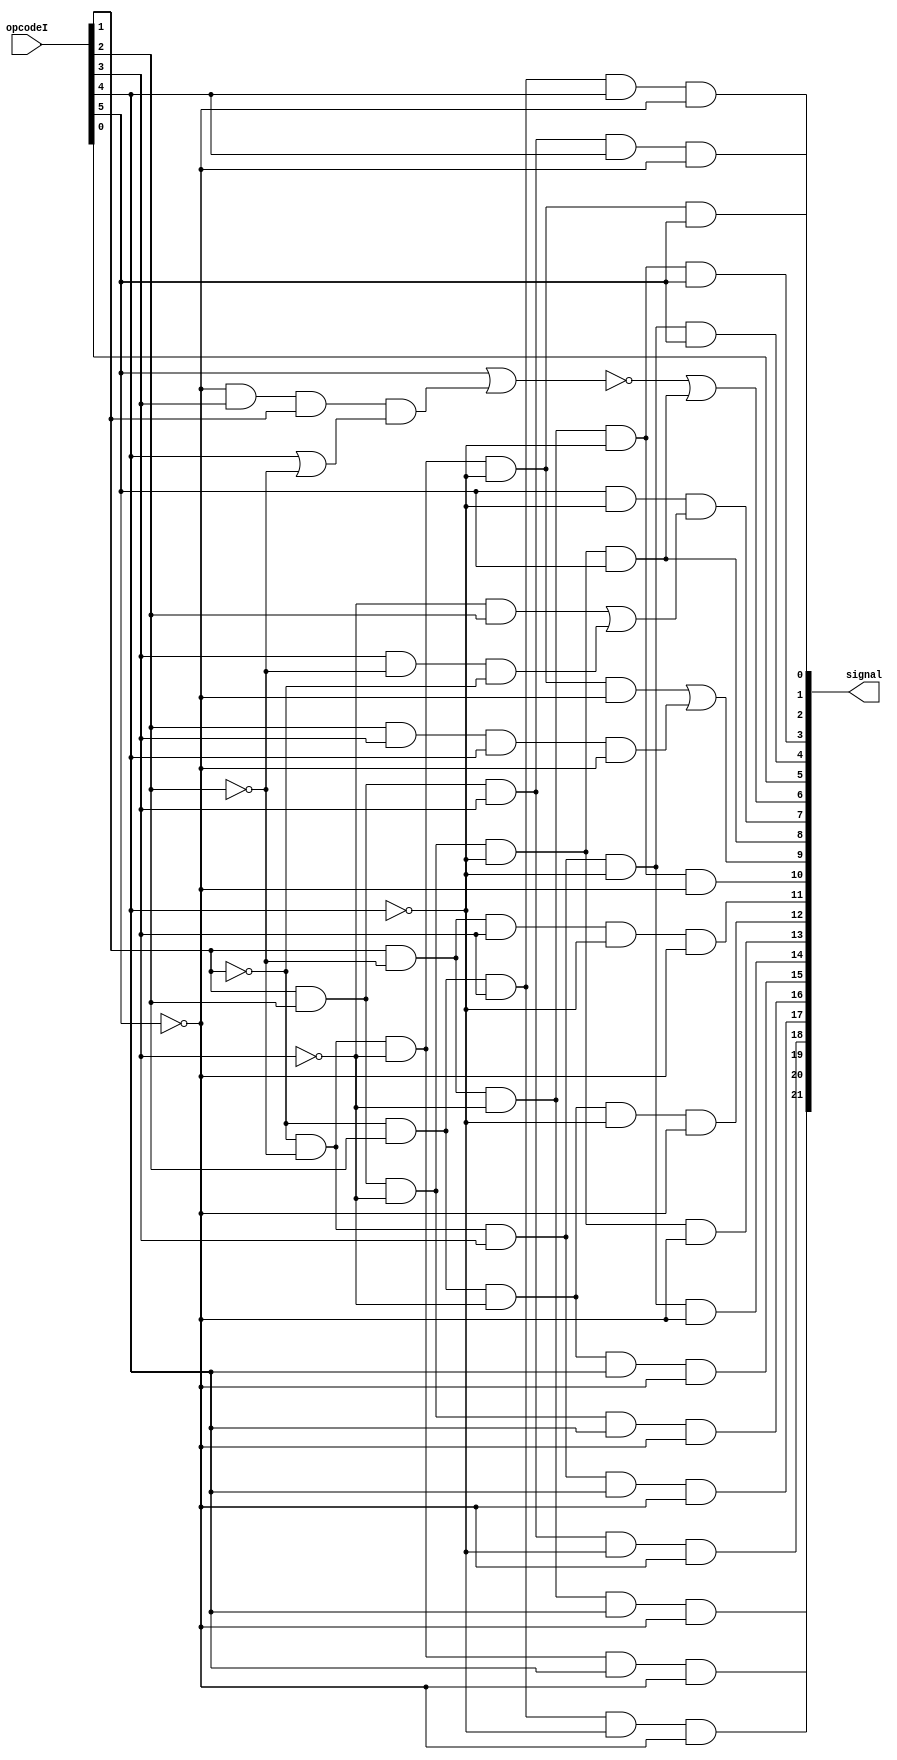
`timescale 1s/1ms
module ControlUnit(signal,
		   opcodeI);
   input [5:0]opcodeI;
   output [22:1] signal;
   wire 	 op1, op2, op3, op4, op5, I;
   assign op1 = opcodeI[1];
   assign op2 = opcodeI[2];
   assign op3 = opcodeI[3];
   assign op4 = opcodeI[4];
   assign op5 = opcodeI[5];
   assign I = opcodeI[0];
   assign signal[1] = op1&op2&op3&op4&~op5;
   assign signal[2] = ~op1&op2&op3&op4&~op5;
   assign signal[3] = ~op1&~op2&~op3&~op4&op5;
   assign signal[4] = op1&~op2&~op3&~op4&op5;
   assign signal[5] = ~op1&~op2&op3&~op4&op5;
   assign signal[6] = I;
   assign signal[7] = ~(op5 | ~op5&op3&op1&(op4 | ~op2)) | op1&op2&~op3&~op4&op5;
   assign signal[8] = op5&~op4&(~op3&op2 | op3&~op2&~op1);
   assign signal[9] = op1&op2&~op3&~op4&op5;
   assign signal[10] = ~op1&~op2&~op3&~op4&~op5 | op2&op3&op4&~op5;
   assign signal[11] = op1&~op2&~op3&~op4&~op5;
   assign signal[12] = op1&~op2&op3&~op4&~op5;
   assign signal[13] = ~op1&op2&~op3&~op4&~op5;
   assign signal[14] = op1&op2&~op3&~op4&~op5;
   assign signal[15] = ~op1&~op2&op3&~op4&~op5;
   assign signal[16] = ~op1&op2&~op3&op4&~op5;
   assign signal[17] = op1&op2&~op3&op4&~op5;
   assign signal[18] = ~op1&~op2&op3&op4&~op5;
   assign signal[19] = op1&op2&op3&~op4&~op5;
   assign signal[20] = ~op1&op2&op3&~op4&~op5;
   assign signal[21] = ~op1&~op2&~op3&op4&~op5;
   assign signal[22] = op1&~op2&~op3&op4&~op5;
endmodule // DFF